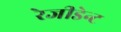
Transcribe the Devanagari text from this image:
रेजीडेन्ट